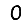
Digit: 0